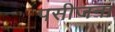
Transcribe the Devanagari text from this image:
पसीजना